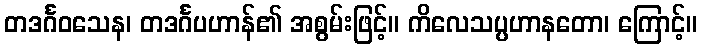
တဒင်္ဂဝသေန၊ တဒင်္ဂပဟာန်၏ အစွမ်းဖြင့်။ ကိလေသပ္ပဟာနတော၊ ကြောင့်။